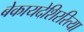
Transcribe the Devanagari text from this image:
बेकायदेशिररित्या